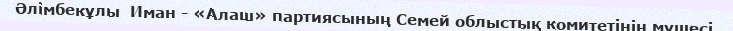
Әлімбекұлы  Иман - «Алаш» партиясының Семей облыстық комитетінің мүшесі.